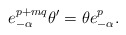
\begin{align*} e^{p + mq}_{- \alpha}\theta' = \theta e^p_{- \alpha}.\end{align*}